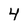
Character: 4